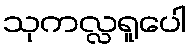
သုကလ္လရူပေါ